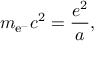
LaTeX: m _ { \mathrm { e } ^ { - } } c ^ { 2 } = \frac { e ^ { 2 } } { a } ,